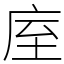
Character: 庢